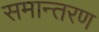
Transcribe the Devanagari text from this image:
समान्तरण